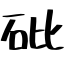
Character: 砒